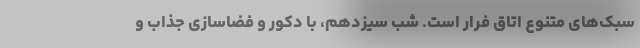
سبک‌های متنوع اتاق فرار است. شب سیزدهم، با دکور و فضاسازی جذاب و